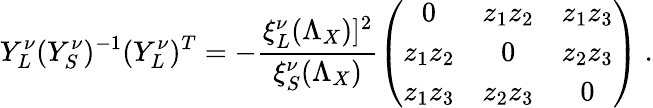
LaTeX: Y_{L}^{\nu}(Y_{S}^{\nu})^{-1}(Y_{L}^{\nu})^{T}=-\frac{\xi_{L}^{\nu}(\Lambda_{X})]^{2}}{\xi_{S}^{\nu}(\Lambda_{X})}\left(\begin{array}{ccc}{{0}}&{{z_{1}z_{2}}}&{{z_{1}z_{3}}}\\ {{z_{1}z_{2}}}&{{0}}&{{z_{2}z_{3}}}\\ {{z_{1}z_{3}}}&{{z_{2}z_{3}}}&{{0}}\end{array}\right)\ .